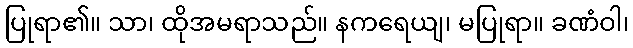
ပြုရာ၏။ သာ၊ ထိုအမရာသည်။ နကရေယျ၊ မပြုရာ။ ခဏံဝါ၊